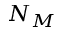
N _ { M }